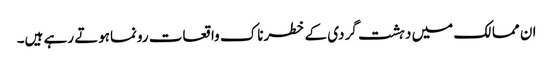
ان ممالک میں دہشت گردی کے خطرناک واقعات رونماہوتے رہے ہیں۔